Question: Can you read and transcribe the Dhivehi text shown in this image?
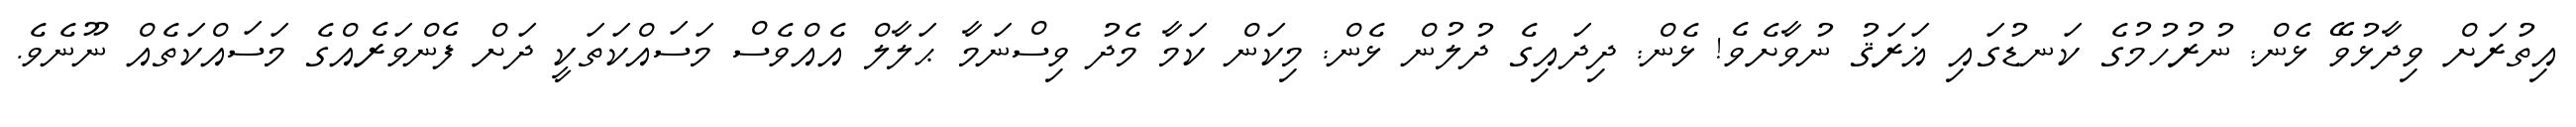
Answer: އިތުރަށް ވިދާޅުވޭ ޅެން: ނުރުހުމުގެ ކަނޑުގައި ޣަރަޤު ނުވާށެވެ! ޅެން: ދިދައިގެ ދުލުން ޅެން: މިކަން ކަމާ މެދު ވިސްނަމާ ޙަލާލް އެއްވެސް މަސައްކަތަކީ ދަށް ފެންވަރެއްގެ މަސައްކަތެއް ނޫނެވެ.